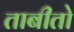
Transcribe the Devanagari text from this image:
ताबीतो